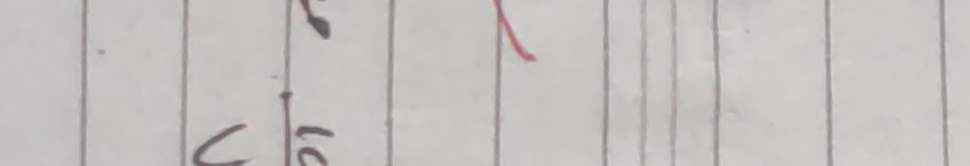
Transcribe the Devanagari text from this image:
हो